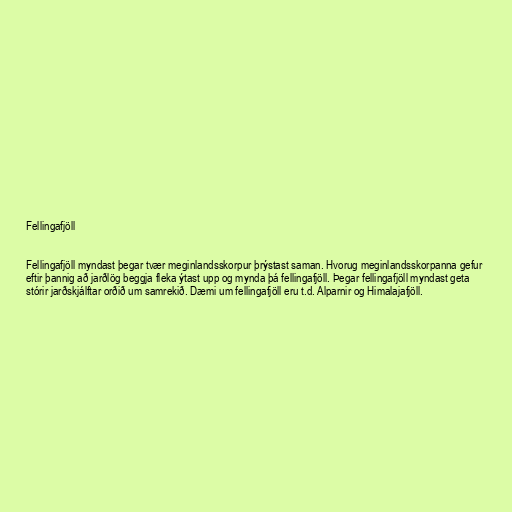
Fellingafjöll

Fellingafjöll myndast þegar tvær meginlandsskorpur þrýstast saman. Hvorug meginlandsskorpanna gefur
eftir þannig að jarðlög beggja fleka ýtast upp og mynda þá fellingafjöll. Þegar fellingafjöll myndast geta
stórir jarðskjálftar orðið um samrekið. Dæmi um fellingafjöll eru t.d. Alparnir og Himalajafjöll.